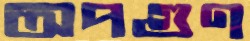
অপগুণ